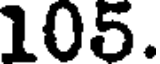
105.